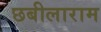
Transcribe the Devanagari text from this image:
छबीलाराम